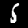
Digit: 5